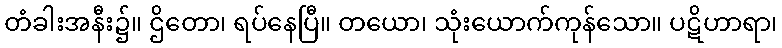
တံခါးအနီး၌။ ဌိတော၊ ရပ်နေပြီ။ တယော၊ သုံးယောက်ကုန်သော။ ပဋိဟာရာ၊